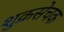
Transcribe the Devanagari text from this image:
शुक्रसेचक